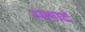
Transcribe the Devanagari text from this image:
मलार्द